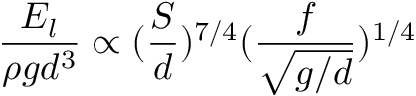
\frac { E _ { l } } { \rho g d ^ { 3 } } \propto ( \frac { S } { d } ) ^ { 7 / 4 } ( \frac { f } { \sqrt { g / d } } ) ^ { 1 / 4 }